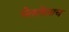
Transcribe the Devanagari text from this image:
घेतलेलाच